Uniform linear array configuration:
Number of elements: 16
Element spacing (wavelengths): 0.25
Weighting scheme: kaiser
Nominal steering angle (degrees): -30
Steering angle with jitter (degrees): -30.015
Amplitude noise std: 0.05
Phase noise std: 0.05

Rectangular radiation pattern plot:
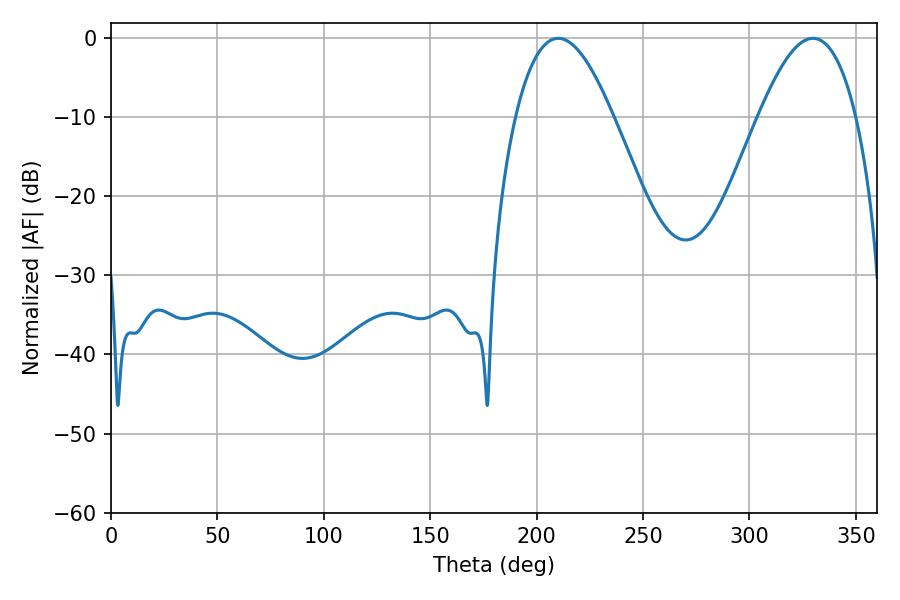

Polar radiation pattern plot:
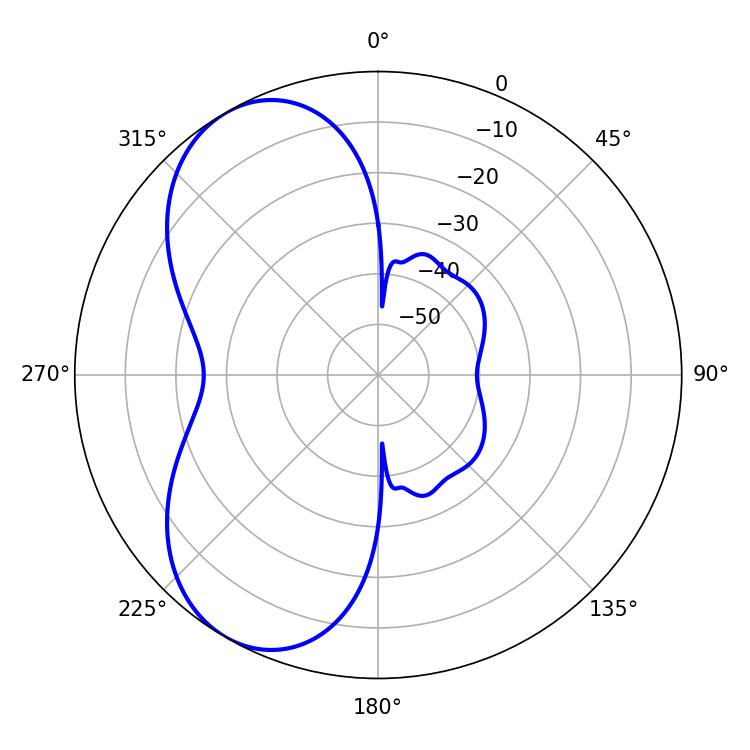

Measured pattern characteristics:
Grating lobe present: FALSE
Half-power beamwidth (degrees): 25.02
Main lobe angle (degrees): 210.24